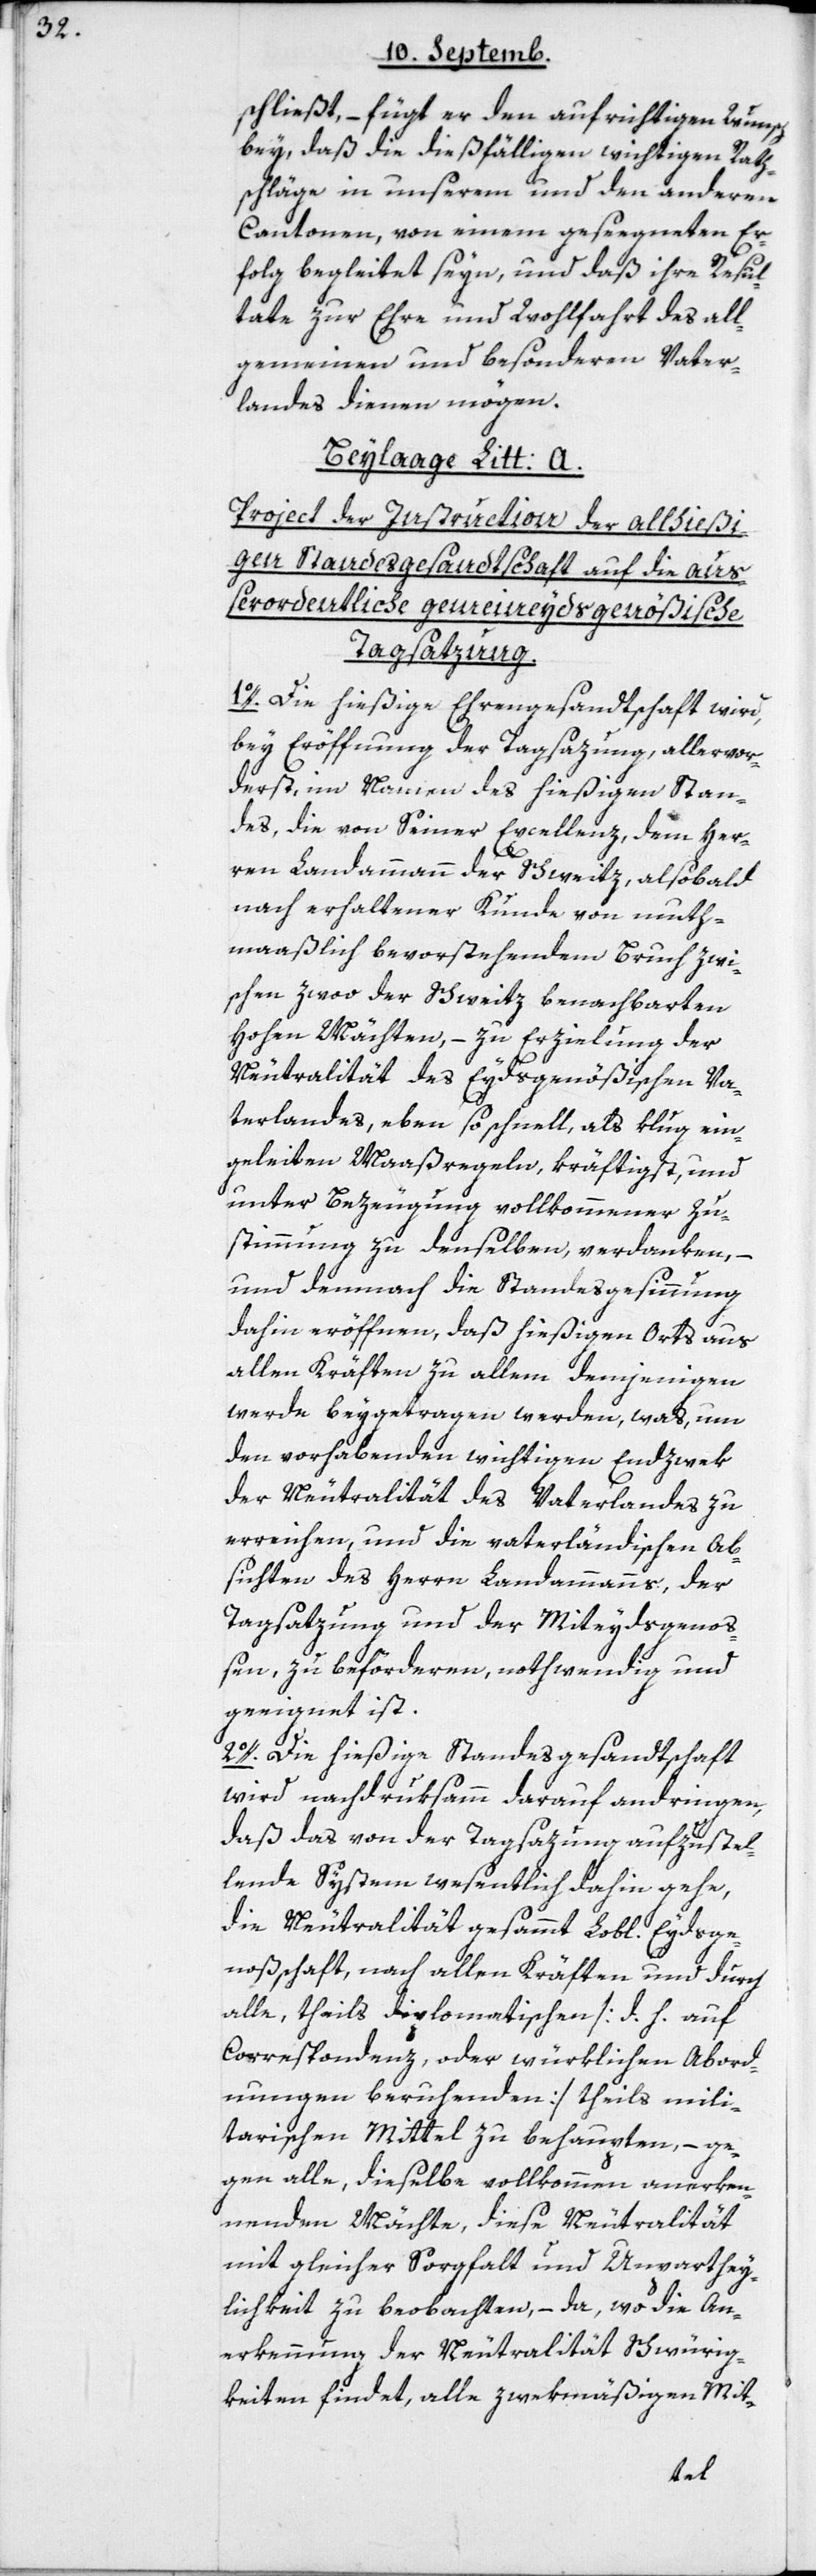
schließt, – fügt er den aufrichtigen Wunsch
bey, daß die dießfälligen wichtigen Rath¬
schläge in unserem und den anderen
Cantonen, von einem gesegneten Er¬
folg begleitet seyn, und daß ihre Resul¬
tate zur Ehre und Wohlfahrt des all¬
gemeinen und besonderen Vater¬
landes dienen mögen.
Beylage Litt: A.
Project der Instruction der allhießi¬
gen Standesgesandtschaft auf die auß¬
erordentliche gemeineydsgenößische
Tagsatzung.
1o. Die hießige Ehrengesandtschaft wird,
bey Eröffnung der Tagsazung, allervor¬
derst im Namen des hießigen Stan¬
des die von Seiner Excellenz, dem Her¬
ren Landammann der Schweitz, alsobald
nach erhaltener Kunde von muth¬
maaßlich bevorstehendem Bruch zwi¬
schen zwoo der Schweitz benachbarten
hohen Mächten, – zu Erzielung der
Neutralität des Eydsgenößischen Va¬
terlandes, eben so schnell, als klug ein¬
geleiteten Maaßregeln, kräftigst und
unter Bezeugung vollkommener Zu¬
stimmung zu denselben, verdanken, –
und demnach die Standesgesinnung
dahin eröffnen, daß hießigen Orts aus
allen Kräften zu allem demjenigen
werde beygetragen werden, was um
den vorhabenden wichtigen Endzwek
der Neutralität des Vaterlandes zu
erreichen, und die vaterländischen Ab¬
sichten des Herrn Landammanns, der
Tagsatzung und der Miteydgeno¬
ßen zu befördern, nothwendig und
geeignet ist.
2o. Die hießige Standesgesandtschaft
wird nachdruksamm darauf andringen,
daß das von der Tagsatzung aufzustel¬
lende System wesentlich dahin gehe,
die Neutralität gesamt Lobl. Eydsge¬
noßschaft, nach allen Kräften und durch
alle, theils diplomatischen [d. h. auf
Correspondenz, oder würklichen Abord¬
nungen beruhenden] theils mili¬
tarischen Mittel zu behaupten, – ge¬
gen alle, dieselbe vollkommen anerken¬
nenden Mächte, diese Neutralität
mit gleicher Sorgfalt und Unparthey¬
lichkeit zu beobachten, – da, wo die An¬
erkennung der Neutralität Schwürig¬
keiten findet, alle zwekmäßigen Mit-